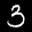
Label: 3